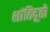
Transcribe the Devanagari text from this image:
शांतिदूतों